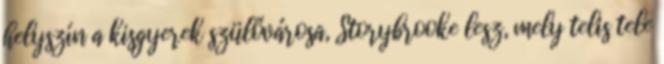
helyszín a kisgyerek szülővárosa, Storybrooke lesz, mely telis tele